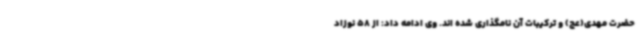
حضرت مهدی(عج) و ترکیبات آن نامگذاری شده اند. وی ادامه داد: از 58 نوزاد